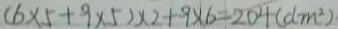
( 6 \times 5 + 9 \times 5 ) \times 2 + 9 \times 6 = 2 0 4 ( d m ^ { 2 } )